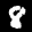
Label: 8